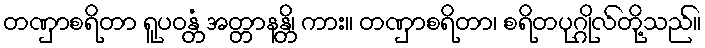
တဏှာစရိတာ ရူပဝန္တံ အတ္တာနန္တိ၊ ကား။ တဏှာစရိတာ၊ စရိတပုဂ္ဂိုလ်တို့သည်။